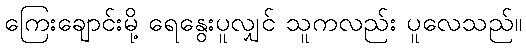
ကြေးချောင်းမို့ ရေနွေးပူလျှင် သူကလည်း ပူလေသည်။